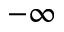
- \infty